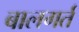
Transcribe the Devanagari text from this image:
बालगर्त